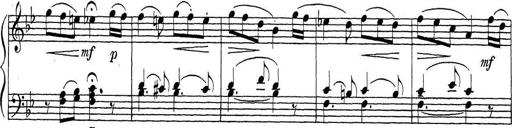
Title: ÄŒeskÃ© Sonatiny
Composer: Various